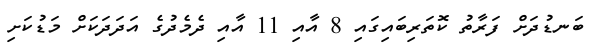
ބަނޑުދަށް ފަރާތު ކޮތަރިބައިގައި 8 އާއި 11 އާއި ދެމެދުގެ އަދަދަކަށް މަޑުކަށި